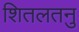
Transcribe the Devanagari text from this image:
शितलतनु